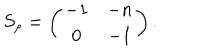
LaTeX: S _ { \rho } = \left( \begin{array} { c c } { { - 1 } } & { { - n } } \\ { { 0 } } & { { - 1 } } \\ \end{array} \right) .